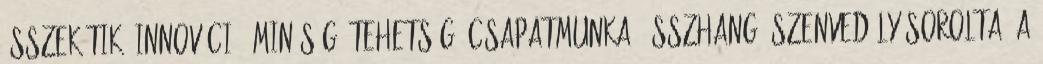
összekötik. Innováció, minőség, tehetség, csapatmunka, összhang, szenvedély sorolta. A